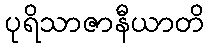
ပုရိသာဇာနီယာတိ